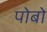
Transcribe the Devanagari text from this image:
पोबो